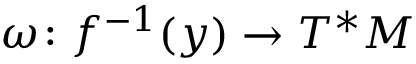
\omega \colon f ^ { - 1 } ( y ) \to T ^ { * } M